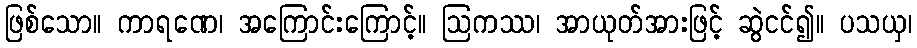
ဖြစ်သော။ ကာရဏေ၊ အကြောင်းကြောင့်။ ဩကဿ၊ အာယုတ်အားဖြင့် ဆွဲငင်၍။ ပသယှ၊